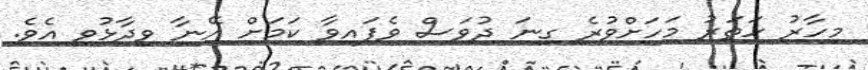
މިހާރު ހަތަރު މަހަށްވުރެ ގިނަ ދުވަސް ވެފައިވާ ކަމަށް އޭނާ ވިދާޅުވި އެވެ.